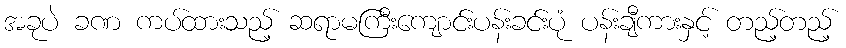
အခုပဲ ခဏ ကပ်ထားသည့် ဆရာမကြီးကျောင်းပန်းခင်းပုံ ပန်းချီကားနှင့် တည့်တည့်